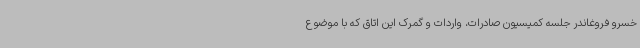
خسرو فروغاندر جلسه کمیسیون صادرات، واردات و گمرک این اتاق که با موضوع